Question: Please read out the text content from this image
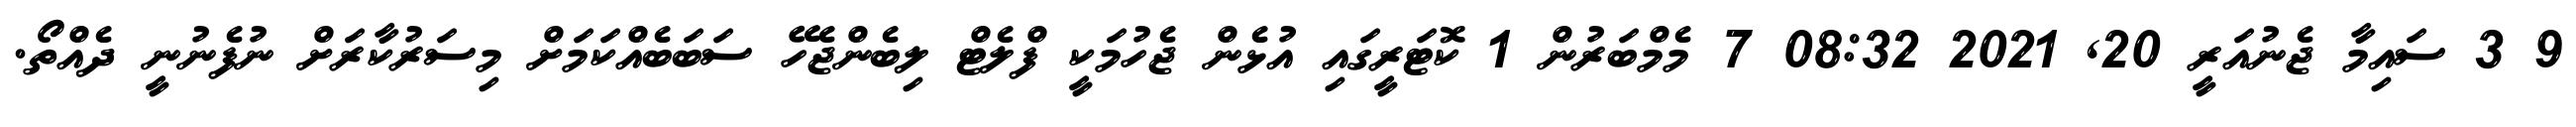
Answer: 9 3 ސައިމާ ޖެނުއަރީ 20, 2021 08:32 7 މެމްބަރުން 1 ކޮޓަރީގައި އުޅެން ޖެހުމަކީ ފްލެޓް ލިބެންޖެހޭ ސަބަބެއްކަމަށް މިސަރުކާރަށް ނުފެނުނީ ދެއްތޯ.